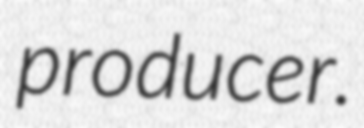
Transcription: producer.